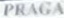
PRAGA